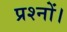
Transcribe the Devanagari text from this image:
प्रश्नों।